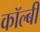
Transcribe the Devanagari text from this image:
कॉल्बी